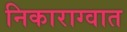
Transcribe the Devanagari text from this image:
निकाराग्वात